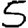
Digit: 5